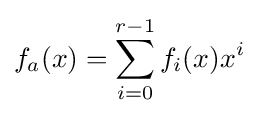
f_{a}(x)=\sum _{i=0}^{r-1}f_{i}(x)x^{i}